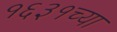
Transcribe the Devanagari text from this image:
१६३१च्या